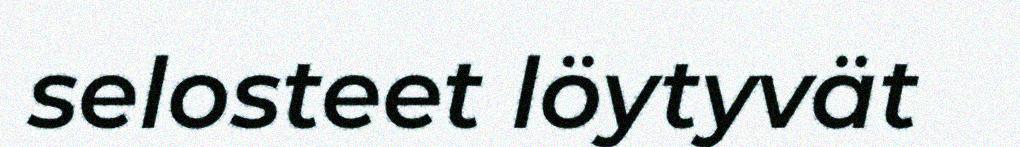
selosteet löytyvät